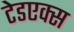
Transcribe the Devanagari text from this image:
टेडएक्स